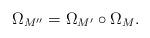
LaTeX: \begin{align*}\Omega_{M''}=\Omega_{M'}\circ\Omega_{M} .\end{align*}